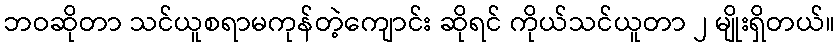
ဘဝဆိုတာ သင်ယူစရာမကုန်တဲ့ကျောင်း ဆိုရင် ကိုယ်သင်ယူတာ ၂ မျိုးရှိတယ်။